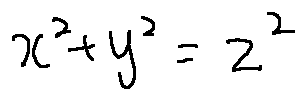
x ^ { 2 } + y ^ { 2 } = z ^ { 2 }